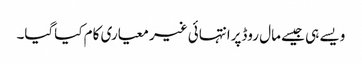
ویسے ہی جیسے مال روڈپرانتہائی غیر معیاری کام کیاگیا۔